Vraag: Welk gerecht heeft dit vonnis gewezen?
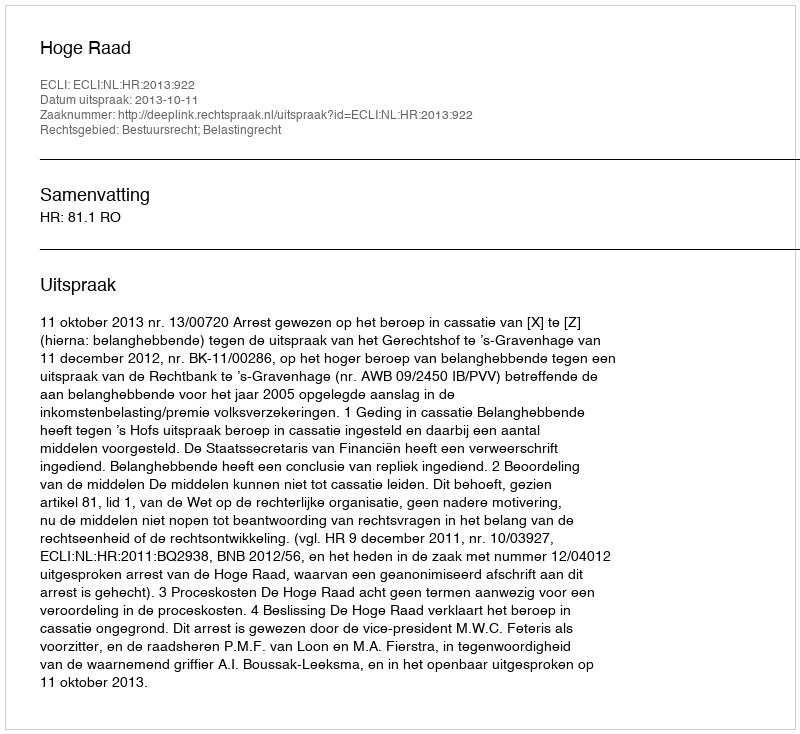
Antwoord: Hoge Raad